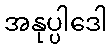
အနုပ္ပါဒေါ